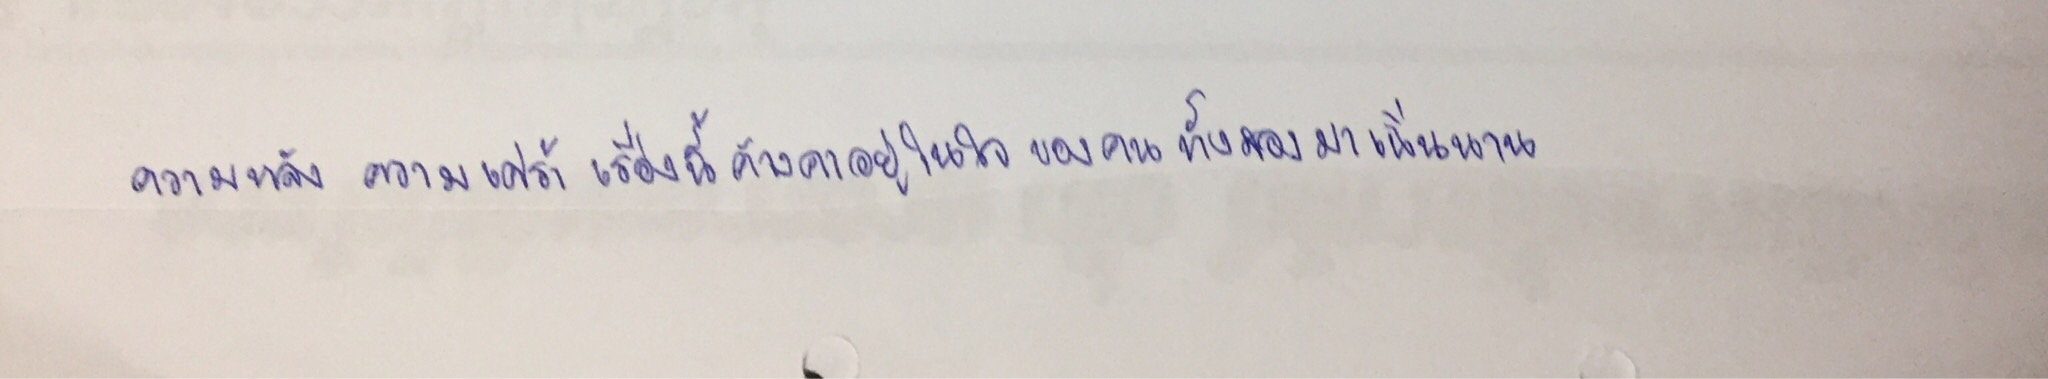
ความหลังความเศร้าเรื่องนี้ค้างคาอยู่ในใจของคนทั้งสองมาเนิ่นนาน